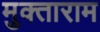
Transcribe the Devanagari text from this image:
मुक्ताराम